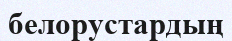
белорустардың